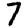
Digit: 7